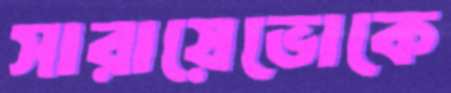
সারায়েভোকে